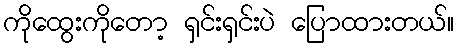
ကိုထွေးကိုတော့ ရှင်းရှင်းပဲ ပြောထားတယ်။